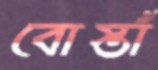
বোস্তাঁ